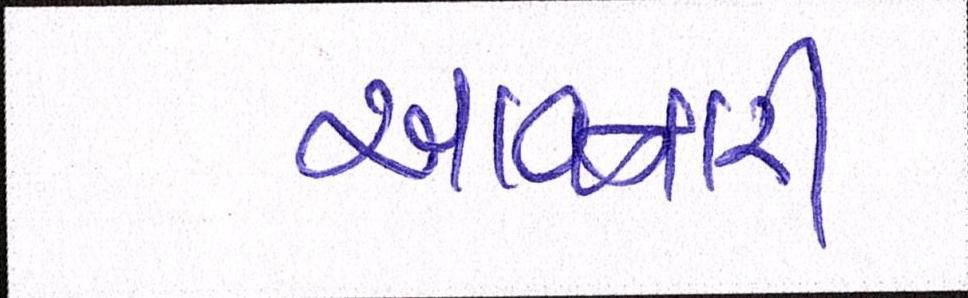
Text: આવનારી